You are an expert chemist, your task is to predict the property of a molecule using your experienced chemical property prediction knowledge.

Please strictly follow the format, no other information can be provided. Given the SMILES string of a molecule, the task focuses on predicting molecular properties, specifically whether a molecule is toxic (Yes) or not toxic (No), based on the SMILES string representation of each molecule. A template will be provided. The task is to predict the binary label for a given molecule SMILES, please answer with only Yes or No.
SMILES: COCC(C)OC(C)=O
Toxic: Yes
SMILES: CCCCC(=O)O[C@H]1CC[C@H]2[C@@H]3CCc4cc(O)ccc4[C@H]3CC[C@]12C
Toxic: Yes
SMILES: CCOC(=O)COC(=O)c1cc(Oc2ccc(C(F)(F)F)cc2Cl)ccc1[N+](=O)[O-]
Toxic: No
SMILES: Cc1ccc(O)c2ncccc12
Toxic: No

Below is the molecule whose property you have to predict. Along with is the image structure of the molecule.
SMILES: CCCCCCCCCCCC(=O)OC
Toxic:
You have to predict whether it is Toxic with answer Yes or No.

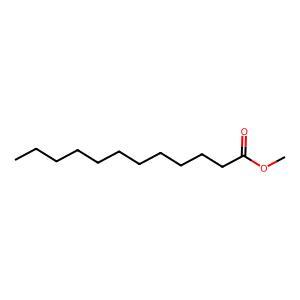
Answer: No